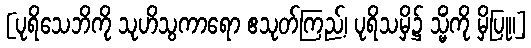
[ပုရိသေဘိကို သုဟိသွကာရော ဧသုတ်ကြည့်၊ ပုရိသမှိ၌ သ္မိံကို မှိပြု။]